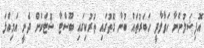
އޮފިޝަލުންނާ ހަވާލާދީ ހަބަރުތައް ބުނާ ގޮތުގައި ތުރުކިގައި ބޫސްޓާ ޝޮޓަކަށް ދެނީ އަމިއްލަ